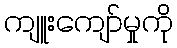
ကျူးကျော်မှုကို